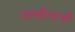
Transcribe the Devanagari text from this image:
जामीनाची